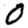
Digit: 0